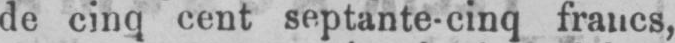
de cinq cent septante-cinq francs,